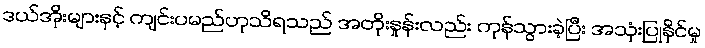
ဒယ်အိုးများနှင့် ကျင်းပမည်ဟုသိရသည် အတိုးနှုန်းလည်း ကုန်သွားခဲ့ပြီး အသုံးပြုနိုင်မှု